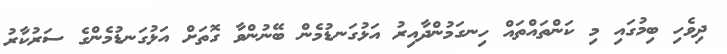
ދިވެހި ބިމުގައި މި ކަންތައްތައް ހިނގަމުންދާއިރު އަޅުގަނޑުމެން ބޭނުންވާ ގޮތަށް އަޅުގަނޑުމެންގެ ސަރުކާރު